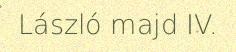
László majd IV.